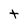
Character: t